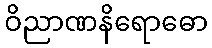
ဝိညာဏနိရောဓော